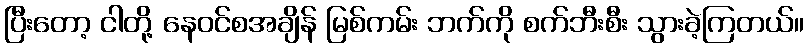
ပြီးတော့ ငါတို့ နေဝင်စအချိန် မြစ်ကမ်း ဘက်ကို စက်ဘီးစီး သွားခဲ့ကြတယ်။